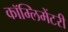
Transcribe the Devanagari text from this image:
कॉम्लिमेंटरी